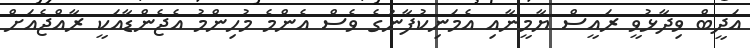
އަދީބް ވިދާޅުވީ ރައީސް ޔާމީނާއި އެމަނިކުފާނުގެ ވެސް އެންމެ މުހިންމު އެޖެންޑާއަކީ ރާއްޖެއަށް